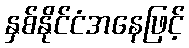
နှစ်နိုင်ငံအနေဖြင့်